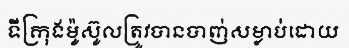
ទីក្រុងម៉ូស៊ូលត្រូវបានបាញ់សម្លាប់ដោយ